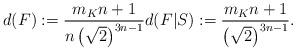
LaTeX: \begin{align*}d(F):=\frac{ m_Kn +1 }{n\left(\sqrt{2}\right)^{3n-1}} d(F|S):= \frac{ m_Kn + 1 }{\left(\sqrt{2}\right)^{3n-1}}.\end{align*}